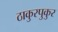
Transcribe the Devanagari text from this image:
ठाकुरपुकुर